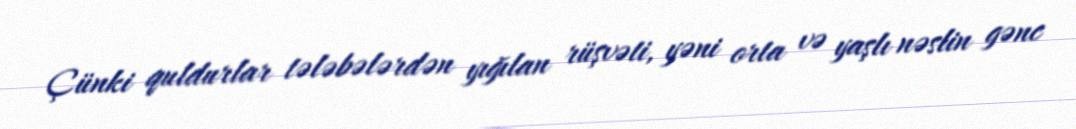
Çünki quldurlar tələbələrdən yığılan rüşvəti, yəni orta və yaşlı nəslin gənc